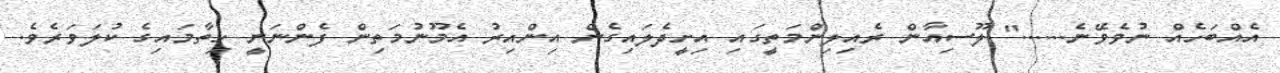
އެއްބަހެއް ނުވެވޭނެ......" ލޫސިއާން ރެއިލިންމަތީގައި އިށީދެލައިގެން އިންއިރު އެމޫނުމަތިން ފެންނަނީ ހިތާމައިގެ ކުލަވަރެވެ.